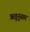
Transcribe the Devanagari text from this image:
ॠतूनुसार